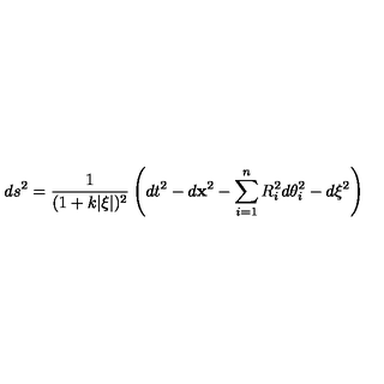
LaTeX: d s ^ { 2 } = { \frac { 1 } { ( 1 + k | \xi | ) ^ { 2 } } } \left( d t ^ { 2 } - d { \bf x } ^ { 2 } - \sum _ { i = 1 } ^ { n } R _ { i } ^ { 2 } d \theta _ { i } ^ { 2 } - d \xi ^ { 2 } \right)